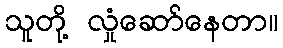
သူတို့ လှုံဆော်နေတာ။